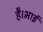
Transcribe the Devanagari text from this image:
है।भाई